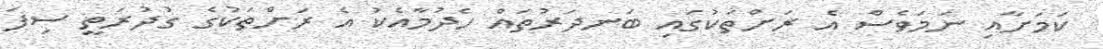
ކަމަށާއި ނަމަވެސް އެ ރަށްތަކުގައި ބަނދަރުތައް ހެދުމާއެކު އެ ރަށްތަކުގެ ގުދުރަތީ ސިފަ